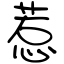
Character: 惹